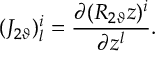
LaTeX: ( J _ { 2 \vartheta } ) _ { l } ^ { i } = \frac { \partial ( R _ { 2 \vartheta } z ) ^ { i } } { \partial z ^ { l } } .